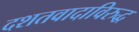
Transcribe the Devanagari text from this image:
दशतवादाविरुद्ध